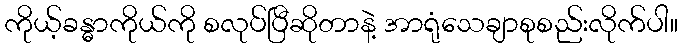
ကိုယ့်ခန္ဓာကိုယ်ကို စလုပ်ပြီဆိုတာနဲ့ အာရုံသေချာစုစည်းလိုက်ပါ။